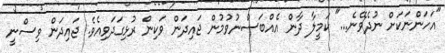
"އަހަންނަކަށް ނުދެވޭނެ..." ކަމީލާ ދާން އެއްބަސްނުވުމުން ޖައިދަން ވަކިން ރުޅިގަދަވިއެވެ. ޖައިދަން ވިސްނީ